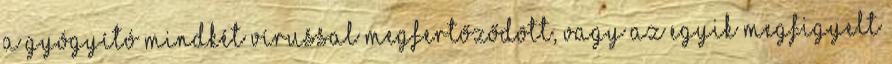
a gyógyító mindkét vírussal megfertőződött, vagy az egyik megfigyelt